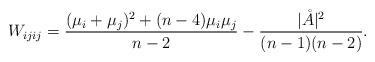
LaTeX: \begin{align*}W_{ijij} = \frac{(\mu_i+\mu_j)^2 +(n-4)\mu_i\mu_j}{n-2}-\frac{\vert \mathring{A}\vert^2}{(n-1)(n-2)}. \end{align*}